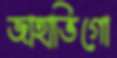
জাহাভিগো